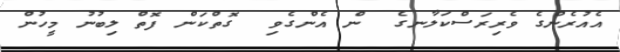
އެއުރެންގެ ވެރިރަސްކަލާނގެ  ން އެންގެވި  ގޮތްކަން ފޮތް ލިބުނު މީހުން